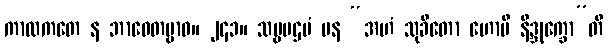
ကာလကတေ န ဘာဝေတဗ္ဗာဝ။ ၂၄၁။ သဗ္ဗပဌမံ ပန “အဟံ သုခိတော ဟောမိ နိဒ္ဒုက္ခော”တိ